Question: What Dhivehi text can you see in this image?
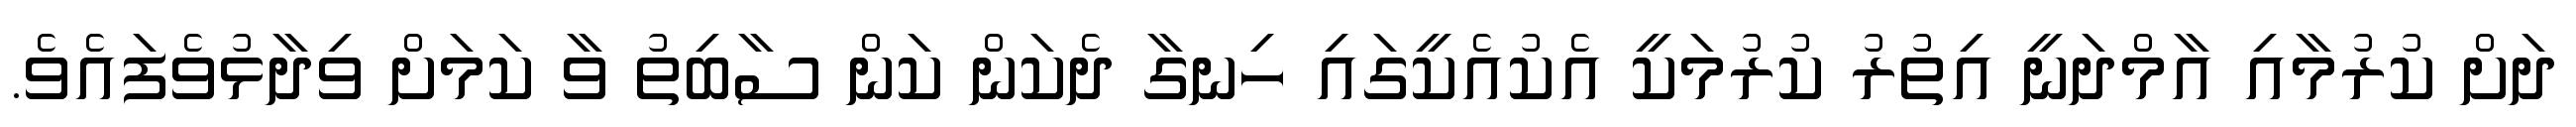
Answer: ދަށް ކުރުމާއި އާމްދަނީ އިތުރު ކުރުމަކީ އެކުއެކީގައި ހިނގާ ދެކަން ކަން ސާބިތު ވާ ކަމަށް ވިދާޅުވެފައެވެ.